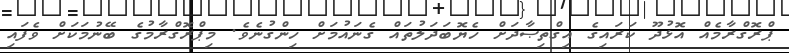
ޕްރޮގްރާމެއް އޮޅުދޫ ކަރައިގެ އިގްތިޞާދަށް ހެޔޮބަދަލުތައް ގެނައުމަށް ހިންގުނެވެ. މިޕްރޮގްރާމުގެ ބޭނުމަކަށް ވެފައި